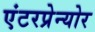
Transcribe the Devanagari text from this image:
एंटरप्रेन्योर